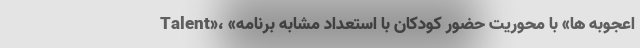
Talent»، «اعجوبه ها» با محوریت حضور کودکان با استعداد مشابه برنامه